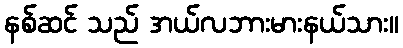
နစ်ဆင် သည် အယ်လဘားမားနယ်သား။